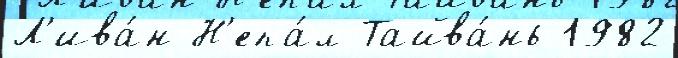
Л'ива́н Н'епа́л Тайва́нь 1982